Mental hospitals Bombay report 1921-28 - 1921-1928
Year: 1921
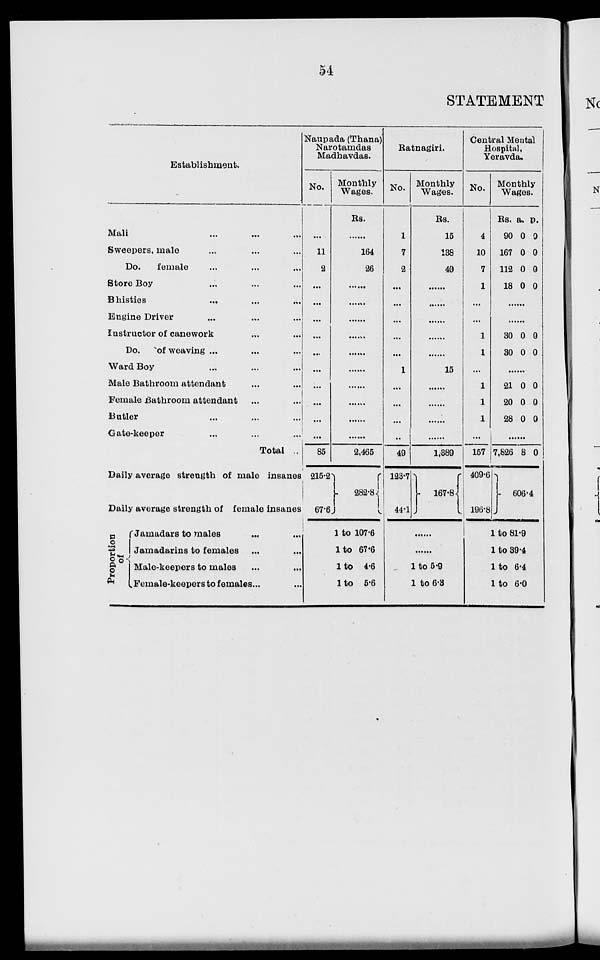
54
STATEMENT
Establishment.
Mali ... ... ...
Sweepers, male ... ... ...
Do.
female ... ... ...
Store Boy ... ... ...
Bhisties ... ... ...
Engine Driver ... ... ...
Instructor of canework ... ... ...
Do.
of weaving ... ... ...
Ward Boy ... ... ...
Male Bathroom attendant ... ... ...
Female Bathroom attendant ... ... ...
Butler ... ... ...
Gate-keeper ... ... ...
Total ...
Daily average strength of male insanes
Daily average strength of female insanes
Proportion
of
Jamadars to males ... ...
Jamadarins to females ... ...
Male-keepers to males ... ...
Female-keepers to females... ...
Naupada (Thana)
Narotamdas
Madhavdas.
No.
...
11
2
...
...
...
...
...
...
...
...
...
...
85
215.2
67.6.
Monthly
Wages.
Rs.
......
164
26
......
......
......
......
......
......
......
......
......
......
2,465
282.8
1 to 107.6
1 to 67.6
1 to 4.6
1 to 5.6
Ratnagiri.
No.
1
7
2
...
...
...
...
...
1
...
...
...
...
49
123.7
44.1
Monthly
Wages.
Rs.
15
138
40
......
......
......
......
......
15
......
......
......
......
1,389
167.8
......
......
1 to 5.9
1 to 6.3
Central Mental
Hospital,
Yeravda.
No.
4
10
7
1
...
...
1
1
...
1
1
1
...
157
409.6
196.8
Monthly
Wages.
Rs.
90
167
112
18
a.
0
0
0
0
p.
0
0
0
0
......
......
30
30
0
0
0
0
......
21
20
28
0
0
0
0
0
0
......
7,826 8 0
606.4
1 to 81.9
1 to 39.4
1 to 6.4
1 to 6.0